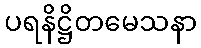
ပရနိဋ္ဌိတမေသနာ